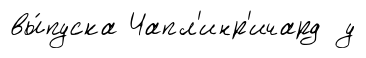
вы́пуска Чапл'инр'ичард у